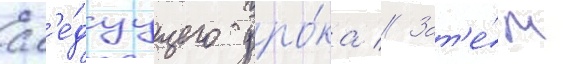
сл'е́дуущего уро́ка // Зат'е́м